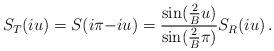
LaTeX: \begin{align*}S_T(iu)=S(i\pi{-}iu)=\frac{\sin(\frac{2}{B}u)}{\sin(\frac{2}{B}\pi)}S_R(iu)\,.\end{align*}